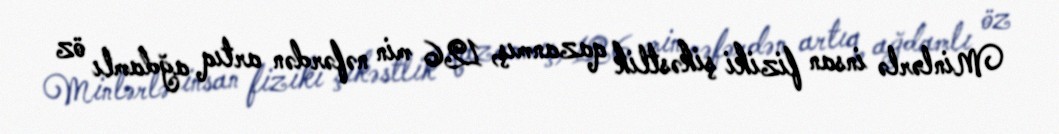
Minlərlə insan fiziki şikəstlik qazanmış, 126 min nəfərdən artıq ağdamlı öz